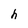
Character: h